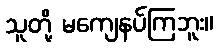
သူတို့ မကျေနပ်ကြဘူး။